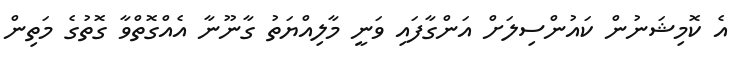
އެ ކޮމިޝަނުން ކައުންސިލަށް އަންގާފައި ވަނީ މާލިއްޔަތު ގާނޫނާ އެއްގޮތްވާ ގޮތުގެ މަތިން